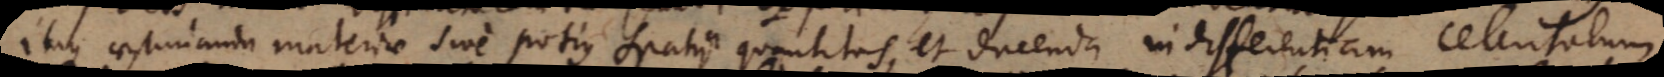
Itaque aestimanda materiae sive potius spatii quantitas, et ducenda in differentiam celeritatum.